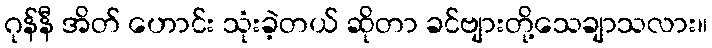
ဂုန်နီ အိတ် ဟောင်း သုံးခဲ့တယ် ဆိုတာ ခင်ဗျားတို့သေချာသလား။